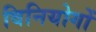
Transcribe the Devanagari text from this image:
विनियोगों